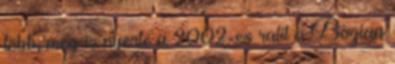
több, meg is nyerte a 2002-es ralit a Bozian